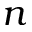
n